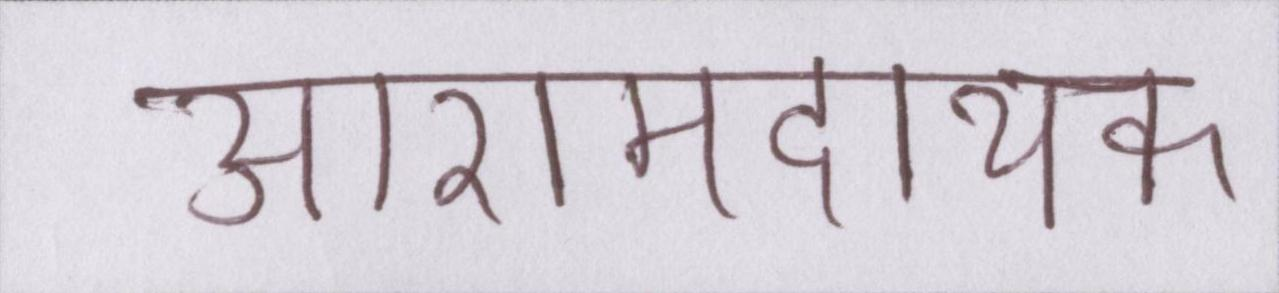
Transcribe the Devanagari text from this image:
आरामदायक